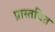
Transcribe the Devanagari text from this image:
प्रास्तवित